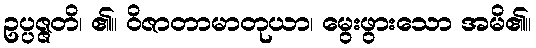
ဥပ္ပဇ္ဇတိ၊ ၏။ ဝိဇာတာမာတုယာ၊ မွေးဖွားသော အမိ၏။